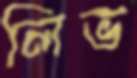
লিভ